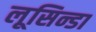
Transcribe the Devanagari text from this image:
लूसिन्डा